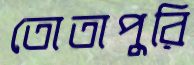
তোতাপুরি